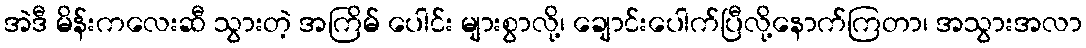
အဲဒီ မိန်းကလေးဆီ သွားတဲ့ အကြိမ် ပေါင်း များစွာလို့၊ ချောင်းပေါက်ပြီလို့နောက်ကြတာ၊ အသွားအလာ